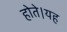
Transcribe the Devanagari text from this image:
होते।यह